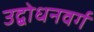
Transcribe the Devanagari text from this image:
उद्बोधनवर्ग